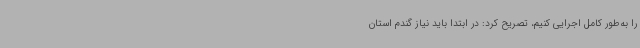
را به‌طور کامل اجرایی کنیم، تصریح کرد: در ابتدا باید نیاز گندم استان